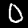
Digit: 0